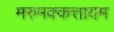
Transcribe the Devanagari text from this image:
मरुमक्कत्तायम